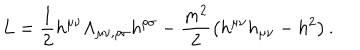
L = \frac { 1 } { 2 } h ^ { \mu \nu } \Lambda _ { \mu \nu , \rho \sigma } h ^ { \rho \sigma } - \frac { m ^ { 2 } } { 2 } \left( h ^ { \mu \nu } h _ { \mu \nu } - h ^ { 2 } \right) .